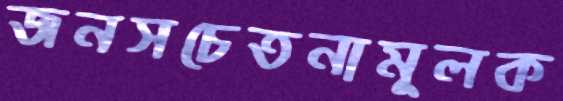
জনসচেতনামূলক